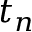
t _ { n }